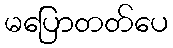
မပြောတတ်ပေ